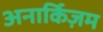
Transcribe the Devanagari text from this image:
अनार्किज़म